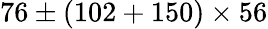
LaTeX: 76\pm(102+150)\times 56